Investigations on Bengal jail dietaries - Number 37
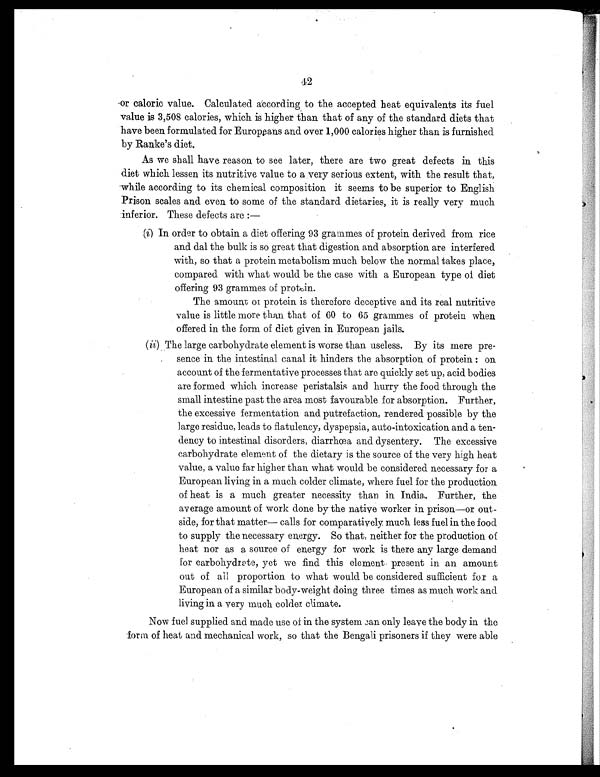
42
or caloric value. Calculated according to the accepted heat equivalents its fuel
value is 3,508 calories, which is higher than that of any of the standard diets that
have been formulated for Europeans and over 1,000 calories higher than is furnished
by Ranke's diet.
As we shall have reason to see later, there are two great defects in this
diet which lessen its nutritive value to a very serious extent, with the result that,
while according to its chemical composition it seems to be superior to English
Prison scales and even to some of the standard dietaries, it is really very much
inferior. These defects are :—
( i ) I n o r d e r t o o b t a i n a d i e t o f f e r i n g9
3
g r a m m e s o f p r o t e i n d e r i v e d f r o m r i c e
and dal the bulk is so great that digestion and absorption are interfered
with, so that a protein metabolism much below the normal takes place,
compared with what would be the case with a European type of diet
offering 93 grammes of protein.
The amount or protein is therefore deceptive and its real nutritive
value is little more than that of 60 to 65 grammes of protein when
offered in the form of diet given in European jails.
( ii) The large carbohydrate element is worse than useless. By its mere pre-
sence in the intestinal canal it hinders the absorption of protein : on
account of the fermentative processes that are quickly set up, acid bodies
are formed which increase peristalsis and hurry the food through the
small intestine past the area most favourable for absorption. Further,
the excessive fermentation and putrefaction, rendered possible by the
large residue, leads to flatulency, dyspepsia, auto-intoxication and a ten-
dency to intestinal disorders, diarrhœa and dysentery. The excessive
carbohydrate element of the dietary is the source of the very high heat
value, a value far higher than what would be considered necessary for a
European living in a much colder climate, where fuel for the production
of heat is a much greater necessity than in India. Further, the
average amount of work done by the native worker in prison—or out-
side, for that matter— calls for comparatively much less fuel in the food
to supply the necessary energy. So that, neither for the production of
heat nor as a source of energy for work is there any large demand
for carbohydrate, yet we find this element present in an amount
out of ail proportion to what would be considered sufficient for a
European of a similar body-weight doing three times as much work and
living in a very much colder climate.
Now fuel supplied and made use of in the system can only leave the body in the
form of heat and mechanical work, so that the Bengali prisoners if they were able